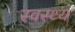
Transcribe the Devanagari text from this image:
स्‍वस्‍थ्‍य